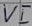
Text: VI